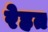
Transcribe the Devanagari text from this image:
रेहत